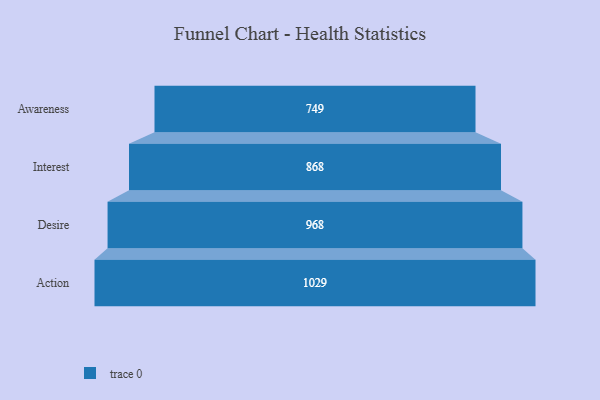
{"axis": {"x": "Stage", "y": "Value"}, "legend": [""], "data": [{"x": "Awareness", "y": 749.0, "type": ""}, {"x": "Interest", "y": 868.0, "type": ""}, {"x": "Desire", "y": 968.0, "type": ""}, {"x": "Action", "y": 1029.0, "type": ""}]}